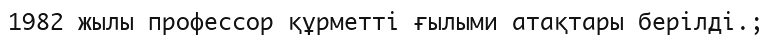
1982 жылы профессор құрметті ғылыми атақтары берілді.;